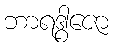
ဘာရဒွါဇော